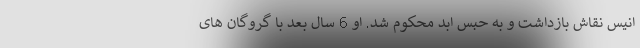
انیس نقاش بازداشت و به حبس ابد محکوم شد. او 6 سال بعد با گروگان های